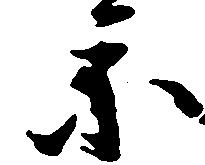
参